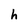
Character: h